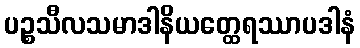
ပဉ္စသီလသမာဒါနိယတ္ထေရဿာပဒါနံ